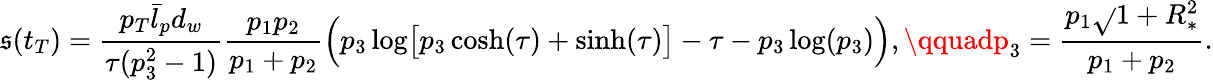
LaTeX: \mathfrak{s}(t_{T})=\frac{{p_{T}\bar{{l}}_{p}d_{w}}}{{\tau(p_{3}^{2}-1)}}\frac{{p_{1}p_{2}}}{{p_{1}+p_{2}}}\Bigl(p_{3}\log\bigl[p_{3}\cosh(\tau)+\sinh(\tau)\bigr]-\tau-p_{3}\log(p_{3})\Bigr),\qquadp_{3}=\frac{{p_{1}\sqrt{}{{1+R_{*}^{2}}}}}{{p_{1}+p_{2}}}.